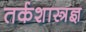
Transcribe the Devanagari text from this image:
तर्कशास्त्रज्ञ